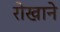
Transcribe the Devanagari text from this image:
रोखाने